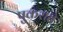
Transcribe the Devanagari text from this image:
पुकराते